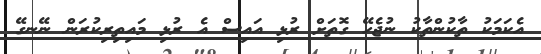
އެކަމަކު ތާކުންތާކު ނުޖެހޭ ގޮތަށް ރުޅި އައިސް އެ ރުޅި މައިތިރިކުރަން ނޭނގޭ